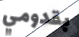
بقدومي